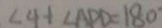
\angle 4 + \angle A P D = 1 8 0 ^ { \circ }